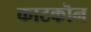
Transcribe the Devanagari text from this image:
काटकॊन